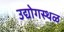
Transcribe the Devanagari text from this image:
उद्योगस्थळ